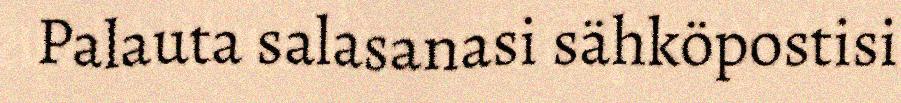
Palauta salasanasi sähköpostisi